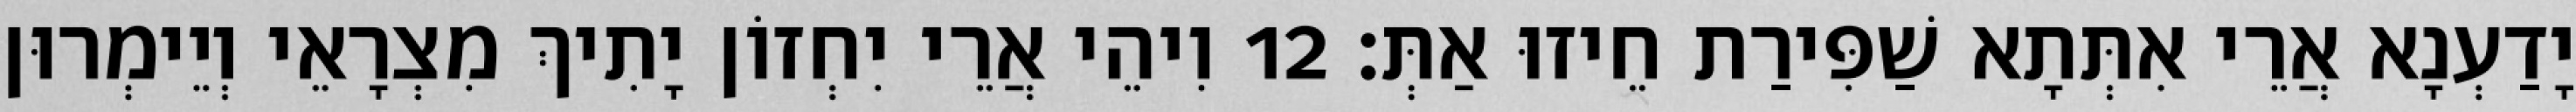
יָדַעְנָא אֲרֵי אִתְּתָא שַׁפִּירַת חֵיזוּ אַתְּ׃ 12 וִיהֵי אֲרֵי יִחְזוֹן יָתִיךְ מִצְרָאֵי וְיֵימְרוּן